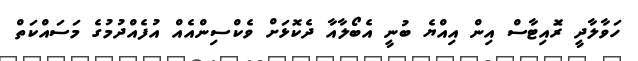
ހަވާލާދީ ރޮައިޓާސް އިން އިއްޔެ ބުނީ އެބޯލާއާ ދެކޮޅަށް ވެކްސިންއެއް އުފެއްދުމުގެ މަސައްކަތް